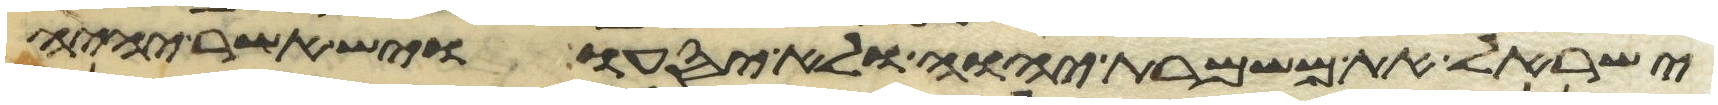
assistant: ישראל את משמרת יהוה ולא יסעו ויש אשר יהיה